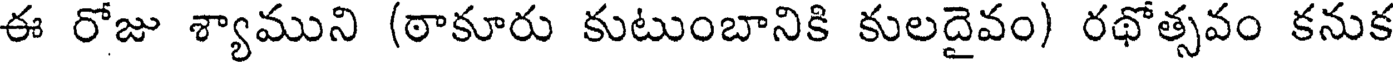
ఈ రోజు శ్యాముని (ఠాకూరు కుటుంబానికి కులదైవం) రథోత్సవం కనుక